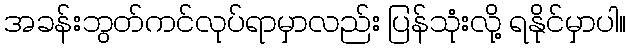
အခန်းဘွတ်ကင်လုပ်ရာမှာလည်း ပြန်သုံးလို့ ရနိုင်မှာပါ။